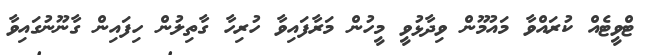
ޓްވީޓެއް ކުރައްވާ މައުމޫން ވިދާޅުވީ މީހުން މަރާފައިވާ ހުރިހާ ގާތިލުން ހިފައިން ގާނޫނުގައިވާ